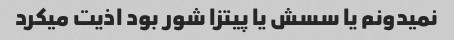
نمیدونم یا سسش یا پیتزا شور بود اذیت میکرد